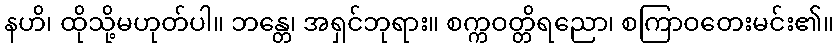
နဟိ၊ ထိုသို့မဟုတ်ပါ။ ဘန္တေ၊ အရှင်ဘုရား။ စက္ကဝတ္တိရညော၊ စကြာဝတေးမင်း၏။